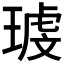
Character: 𰢉